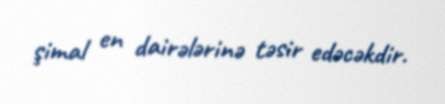
şimal en dairələrinə təsir edəcəkdir.